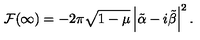
{ \cal F } ( \infty ) = - 2 \pi \sqrt { 1 - \mu } \left\vert \tilde { \alpha } - i \tilde { \beta } \right\vert ^ { 2 } .